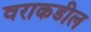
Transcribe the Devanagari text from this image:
वराकडील